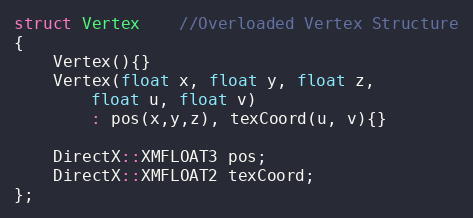
Language: C
struct Vertex	//Overloaded Vertex Structure
{
    Vertex(){}
    Vertex(float x, float y, float z,
        float u, float v)
        : pos(x,y,z), texCoord(u, v){}

    DirectX::XMFLOAT3 pos;
    DirectX::XMFLOAT2 texCoord;
};